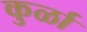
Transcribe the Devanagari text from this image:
कुर्ळा